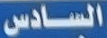
السادس